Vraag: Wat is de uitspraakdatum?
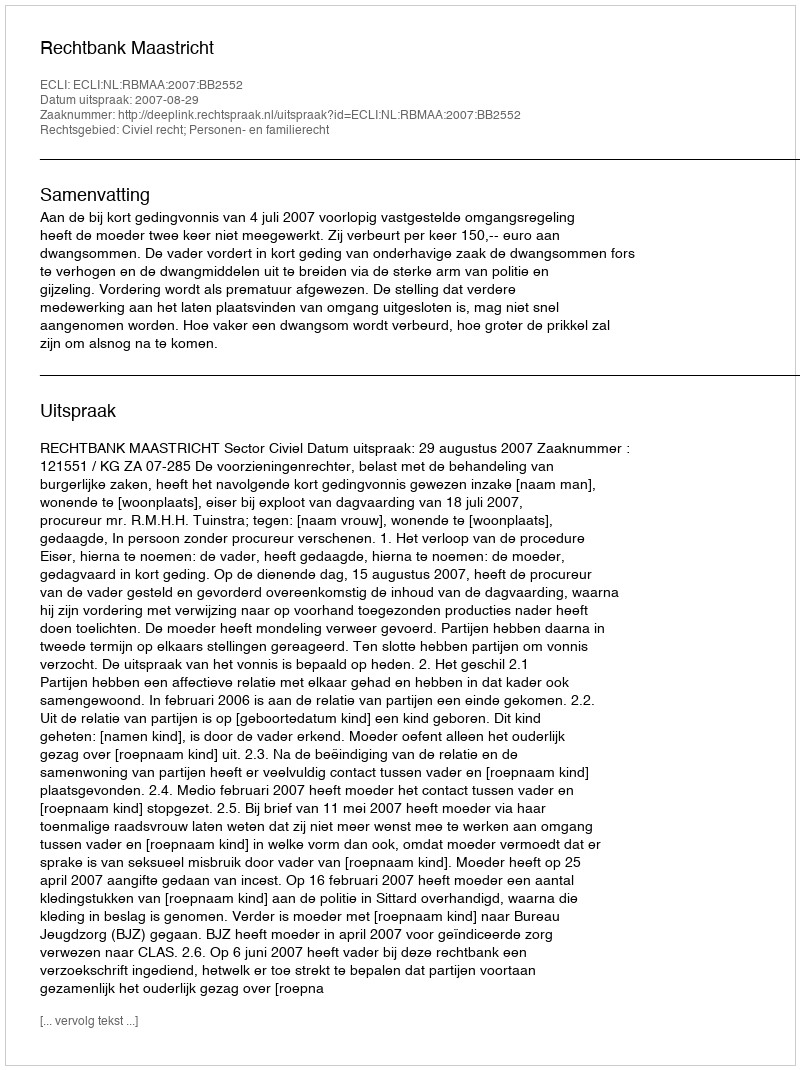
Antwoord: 2007-08-29